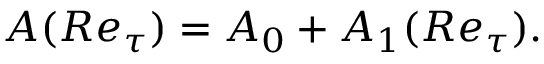
A ( R e _ { \tau } ) = A _ { 0 } + A _ { 1 } ( R e _ { \tau } ) .